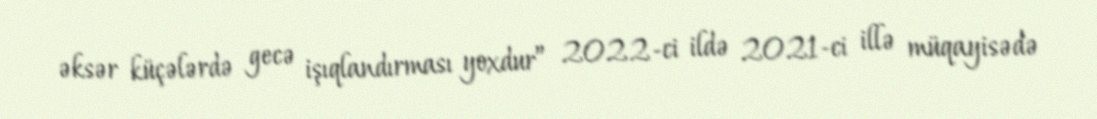
əksər küçələrdə gecə işıqlandırması yoxdur” 2022-ci ildə 2021-ci illə müqayisədə